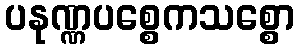
ပနုဏ္ဏပစ္စေကသစ္စော